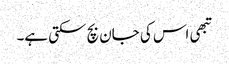
تبھی اس کی جان بچ سکتی ہے۔